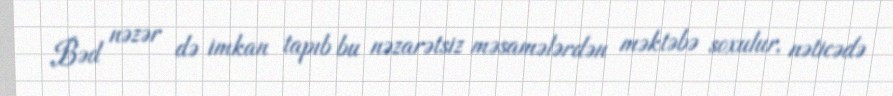
Bəd nəzər də imkan tapıb bu nəzarətsiz məsamələrdən məktəbə soxulur, nəticədə